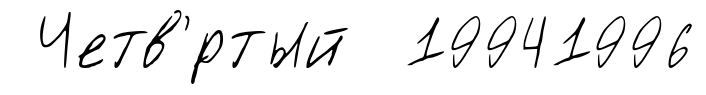
Четв'́ртый 19941996